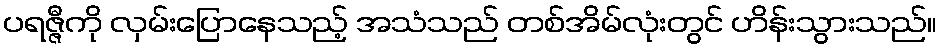
ပရဇ္ဇီကို လှမ်းပြောနေသည့် အသံသည် တစ်အိမ်လုံးတွင် ဟိန်းသွားသည်။